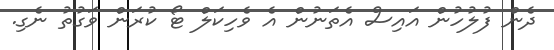
ދެން ފުލުހުން އައިސް އެތަނުން އެ ވެހިކަލް ޓޯ ކުރަން ވަގުތު ނެގި.